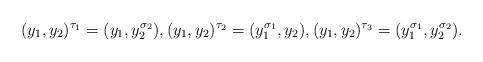
LaTeX: \begin{align*}(y_1,y_2)^{\tau_1} = (y_1 , y_2^{\sigma_2}),(y_1,y_2)^{\tau_2} = (y_1 ^{\sigma_1}, y_2), (y_1,y_2)^{\tau_3} = (y_1 ^{\sigma_1}, y_2^{\sigma_2}).\end{align*}